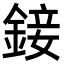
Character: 𨨧